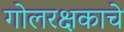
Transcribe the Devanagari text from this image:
गोलरक्षकाचे